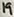
Text: 19